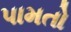
પામતો